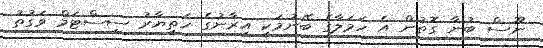
ނޫސް ބުނާ ގޮތުން އެ ހަމަލާގެ ބޭނުމަކީ އިރާނުގެ ހަތިޔާރު ސިސްޓަމް ވަގުތު